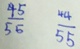
\frac { 4 5 } { 5 5 } \frac { 4 4 } { 5 5 }